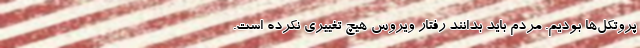
پروتکل‌ها بودیم. مردم باید بدانند رفتار ویروس هیچ تغییری نکرده است.